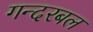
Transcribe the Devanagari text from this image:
गन्दरबल